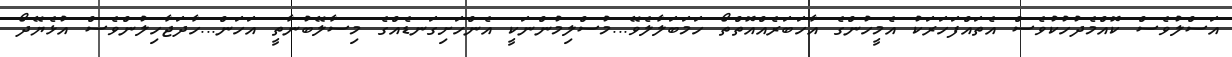
އަސްލުވެސް ކޮއްމެދުހުކުވެސް އެތައްފަހަރަކު އެމީހުންގެ އާހަބަރެއްއޮތްތޯ ހަމަބަލާލެވޭ...މުސްލިމުންނަކީ އެންހަށިގަނޑެއްގެ މިސާލޭބުނާތީ އަހަން...ހާދަޖާހިލުންވެސް އުޅެޔޭދޯ